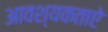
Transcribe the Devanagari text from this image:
आवश्यकताऐ